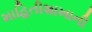
માહિતીશાખાની